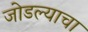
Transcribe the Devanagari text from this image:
जोडल्याचा